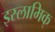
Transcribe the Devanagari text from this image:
इस्लामिक्